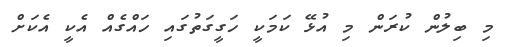
މި ބިލުން ކުރަން މި އުޅޭ ކަމަކީ ހަގީގަތުގައި ހައްގެއް އެކީ އެކަށް